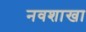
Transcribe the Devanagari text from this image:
नवशाखा